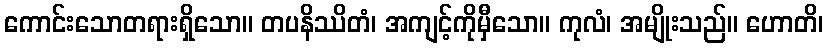
ကောင်းသောတရားရှိသော။ တပနိဿိတံ၊ အကျင့်ကိုမှီသော။ ကုလံ၊ အမျိုးသည်။ ဟောတိ၊